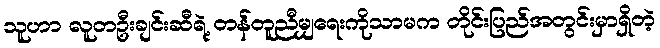
သူဟာ လူတဦးချင်းဆီရဲ့ တန်တူညီမျှရေးကိုသာမက တိုင်းပြည်အတွင်းမှာရှိတဲ့